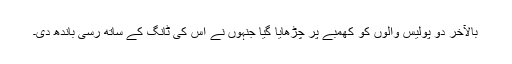
بالآخر دو پولیس والوں کو کھمبے پر چڑھایا گیا جنہوں نے اس کی ٹانگ کے ساتھ رسی باندھ دی۔